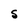
Character: S